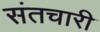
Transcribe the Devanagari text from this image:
संतचारी